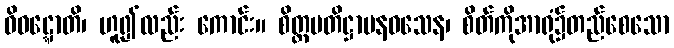
ဝိဝဋ္ဋောတိ၊ ဟူ၍လည်း ကောင်း။ စိတ္တပတိဋ္ဌာပနဝသေန၊ စိတ်ကိုအာရုံ၌တည်စေသော